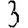
Digit: 3